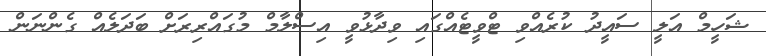
ޝަހީމް އަލީ ސައީދު ކުރެއްވި ޓްވީޓެއްގައި ވިދާޅުވީ އިސްލާމް މުގައްރިރަށް ބަދަލެއް ގެންނަން